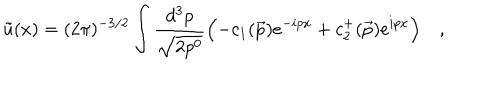
LaTeX: \tilde { u } ( x ) = ( 2 \pi ) ^ { - 3 / 2 } \int \frac { d ^ { 3 } p } { \sqrt { 2 p ^ { 0 } } } \Bigl ( - c _ { 1 } ( \vec { p } ) e ^ { - i p x } + c _ { 2 } ^ { + } ( \vec { p } ) e ^ { i p x } \Bigl ) \quad ,